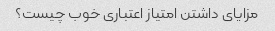
مزایای داشتن امتیاز اعتباری خوب چیست؟